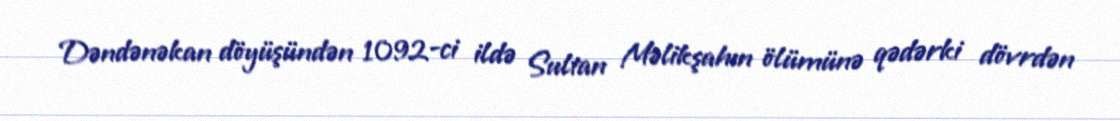
Dəndənəkan döyüşündən 1092-ci ildə Sultan Məlikşahın ölümünə qədərki dövrdən